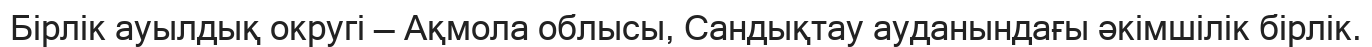
Бірлік ауылдық округі — Ақмола облысы, Сандықтау ауданындағы әкімшілік бірлік.